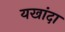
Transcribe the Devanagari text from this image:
यखांदा